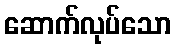
ဆောက်လုပ်သော